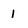
Character: 1